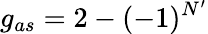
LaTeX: g_{as}=2-(-1)^{N^{\prime}}